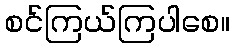
စင်ကြယ်ကြပါစေ။